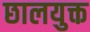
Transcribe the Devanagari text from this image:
छालयुक्त